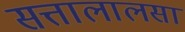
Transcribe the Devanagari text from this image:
सत्तालालसा